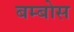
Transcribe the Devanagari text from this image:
बम्बोस